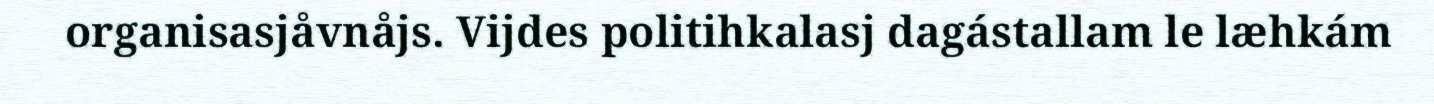
organisasjåvnåjs. Vijdes politihkalasj dagástallam le læhkám